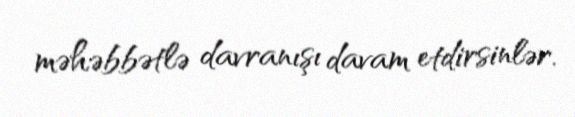
məhəbbətlə davranışı davam etdirsinlər.